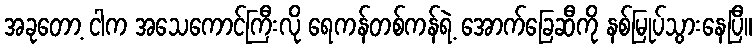
အခုတော့ ငါက အသေကောင်ကြီးလို ရေကန်တစ်ကန်ရဲ့ အောက်ခြေဆီကို နစ်မြုပ်သွားနေပြီ။